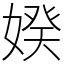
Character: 𡞳